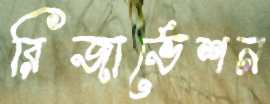
রিজার্ভেশন